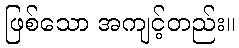
ဖြစ်သော အကျင့်တည်း။